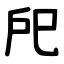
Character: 戺